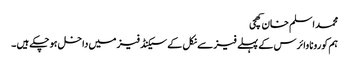
محمد اسلم خان کھچی
ہم کورونا وائرس کے پہلے فیز سے نکل کے سیکنڈ فیز میں داخل ہو چکے ہیں ۔